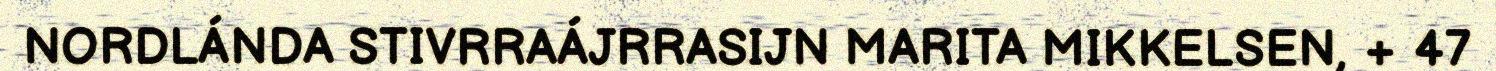
NORDLÁNDA STIVRRAÁJRRASIJN MARITA MIKKELSEN, + 47